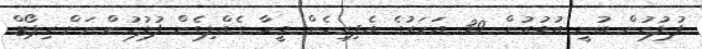
ފުލުހުން ބުނީ އުމުރުން 39 އަހަރުގެ އެފިރިހެން މީހާ ގެއްލިގެން ފުލުހުންނަށް ރިޕޯޓް